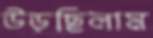
উড়ছিলাম